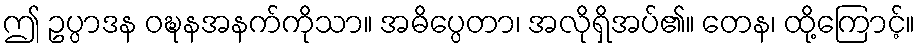
ဤ ဥပ္ပာဒန ဝဍ္ဎနအနက်ကိုသာ။ အဓိပ္ပေတာ၊ အလိုရှိအပ်၏။ တေန၊ ထို့ကြောင့်။